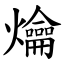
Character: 爚